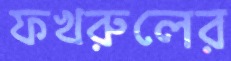
ফখরুলের